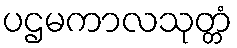
ပဌမကာလသုတ္တံ